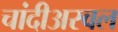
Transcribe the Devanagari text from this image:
चांदीअस्वल